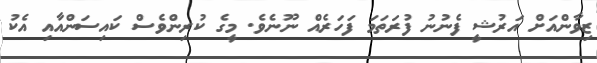
ޒިވާންއަށް އަރުޝީ ފެނުނު ފުރަތަމަ ފަހަރެއް ނޫނެވެ. މީގެ ކުރިންވެސް ކައިސަންއާއި އެކު